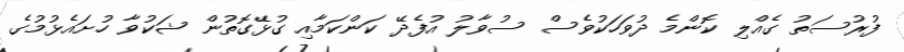
ފުރުސަތު ގެއްލި ކޮންމެ ދުވަހަކުވެސް ސުވާލު އުފެދޭ ކަންކަމާއި ގުޅޭގޮތުން ޝަކުވާ ހުށައެޅުމުގެ